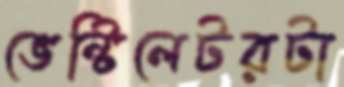
ভেন্টিলেটরটা